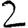
Digit: 2